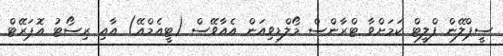
ސީޕްލޭން ފްލީޓް ކަމަށްވާ ޓްރާންސް މޯލްޑިވިއަން އެއާވޭސް (ޓީއެމްއޭ) އާއި ރިސޯޓު އޮޕަރޭޓް